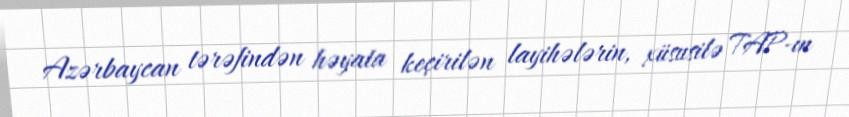
Azərbaycan tərəfindən həyata keçirilən layihələrin, xüsusilə TAP-ın